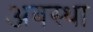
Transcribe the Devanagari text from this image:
अबस्था